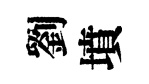
劉墳